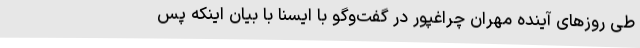
طی روزهای آینده مهران چراغپور در گفت‌وگو با ایسنا با بیان اینکه پس